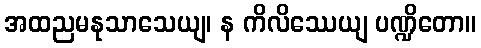
အထညမနုသာသေယျ၊ န ကိလိဿေယျ ပဏ္ဍိတော။